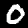
Digit: 0